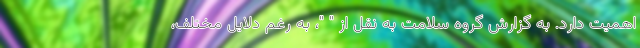
اهمیت دارد. به گزارش گروه سلامت به نقل از " "، به رغم دلایل مختلف،